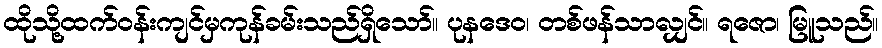
ထိုသို့ထက်ဝန်းကျင်မှကုန်ခမ်းသည်ရှိသော်။ ပုနဒေဝ၊ တစ်ဖန်သာလျှင်။ ရဇော၊ မြူသည်။